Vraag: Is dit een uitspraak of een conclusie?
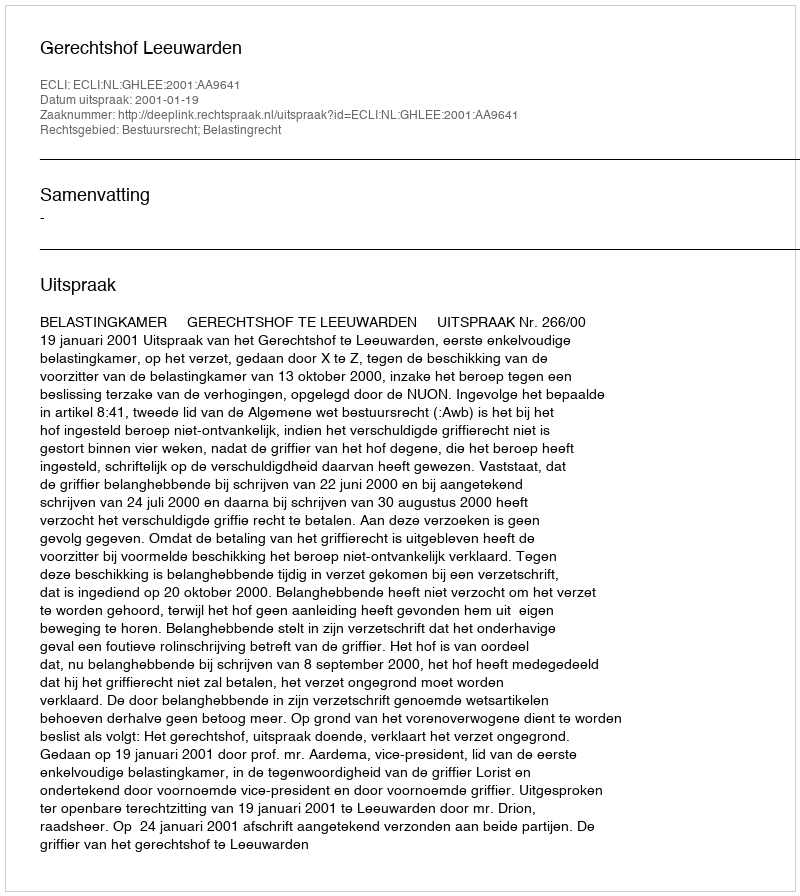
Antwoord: Uitspraak